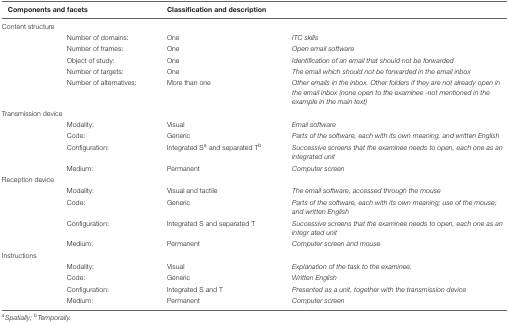
<table><thead><tr><td colspan="2"><b>Components and facets</b></td><td colspan="2"><b>Classification and description</b></td></tr></thead><tbody><tr><td colspan="4">Content structure</td></tr><tr><td></td><td>Number of domains:</td><td>One</td><td><i>ITC skills</i></td></tr><tr><td></td><td>Number of frames:</td><td>One</td><td><i>Open email software</i></td></tr><tr><td></td><td>Object of study:</td><td>One</td><td><i>Identification of an email that should not be forwarded</i></td></tr><tr><td></td><td>Number of targets:</td><td>One</td><td><i>The email which should not be forwarded in the email inbox</i></td></tr><tr><td></td><td>Number of alternatives:</td><td>More than one</td><td><i>Other emails in the inbox. Other folders if they are not already open in the email inbox (none open to the examinee -not mentioned in the example in the main text)</i></td></tr><tr><td colspan="4">Transmission device</td></tr><tr><td></td><td>Modality:</td><td>Visual</td><td><i>Email software</i></td></tr><tr><td></td><td>Code:</td><td>Generic</td><td><i>Parts of the software, each with its own meaning, and written English</i></td></tr><tr><td></td><td>Configuration:</td><td>Integrated S<sup>a</sup> and separated T<sup>b</sup></td><td><i>Successive screens that the examinee needs to open, each one as an integrated unit</i></td></tr><tr><td></td><td>Medium:</td><td>Permanent</td><td><i>Computer screen</i></td></tr><tr><td colspan="4">Reception device</td></tr><tr><td></td><td>Modality:</td><td>Visual and tactile</td><td><i>The email software, accessed through the mouse</i></td></tr><tr><td></td><td>Code:</td><td>Generic</td><td><i>Parts of the software, each with its own meaning; use of the mouse; and written English</i></td></tr><tr><td></td><td>Configuration:</td><td>Integrated S and separated T</td><td><i>Successive screens that the examinee needs to open, each one as an integr ated unit</i></td></tr><tr><td></td><td>Medium:</td><td>Permanent</td><td><i>Computer screen and mouse</i></td></tr><tr><td>Instructions</td><td colspan="3"></td></tr><tr><td></td><td>Modality:</td><td>Visual</td><td><i>Explanation of the task to the examinee.</i></td></tr><tr><td></td><td>Code:</td><td>Generic</td><td><i>Written English</i></td></tr><tr><td></td><td>Configuration:</td><td>Integrated S and T</td><td><i>Presented as a unit, together with the transmission device</i></td></tr><tr><td></td><td>Medium:</td><td>Permanent</td><td><i>Computer screen</i></td></tr></tbody></table>